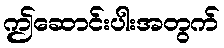
ဤဆောင်းပါးအတွက်